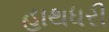
હાથધરી